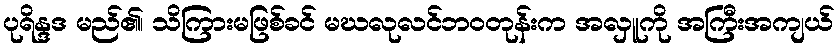
ပုရိန္ဒဒ မည်၏၊ သိကြားမဖြစ်ခင် မဃလုလင်ဘဝတုန်းက အလှူကို အကြီးအကျယ်